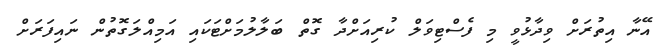
އޭނާ އިތުރަށް ވިދާޅުވީ މި ފެސްޓިވަލް ކުރިއަށްދާ ގޮތް ބަލާލުމަށްޓަކައި އަމިއްލަގޮތުން ނައިފަރަށް